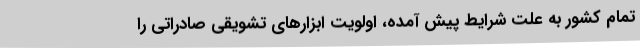
تمام کشور به علت شرایط پیش آمده، اولویت ابزارهای تشویقی صادراتی را